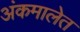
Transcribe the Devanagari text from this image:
अंकमालेत